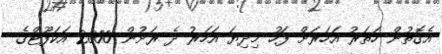
އެގޮތުން ހަތަރު އަހަރަށް ފަހު މިދިޔަ އަހަރު ދެ ރަށުން 2000 އަކަފޫޓްގެ